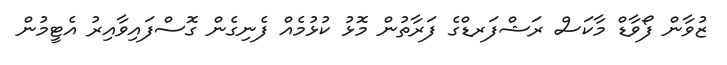
ޒުވާން ފޯވާޑް މާކަސް ރަޝްފަރޑްގެ ފަރާތުން މޮޅު ކުޅުމެއް ފެނިގެން ގޮސްފައިވާއިރު އެޓީމުން